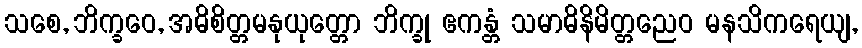
သစေ, ဘိက္ခဝေ, အဓိစိတ္တမနုယုတ္တော ဘိက္ခု ဧကန္တံ သမာဓိနိမိတ္တညေဝ မနသိကရေယျ,